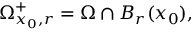
\Omega _ { x _ { 0 } , r } ^ { + } = \Omega \cap B _ { r } ( x _ { 0 } ) ,